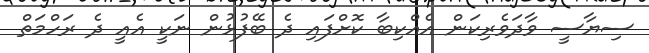
ސިޔާސީ ވާދަވެރިކަން އެއްކިބާ ކޮށްފައި ދެ ބޭފުޅުން ނަކީ އެއީ ދެ ރަހްމަތް